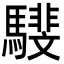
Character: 𩦎